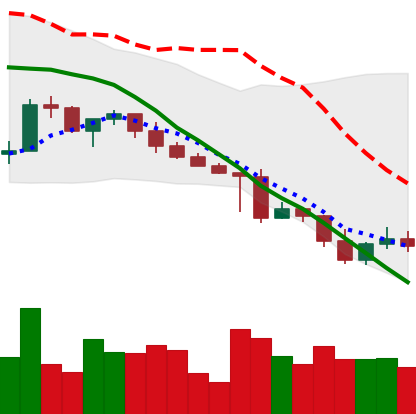
Ticker: XRP-USD
Chart end date: 2022-05-03
Forward return: -6.336%
Label: down_5_7